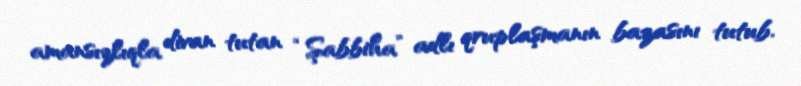
amansızlıqla divan tutan “Şabbiha” adlı qruplaşmanın bazasını tutub.